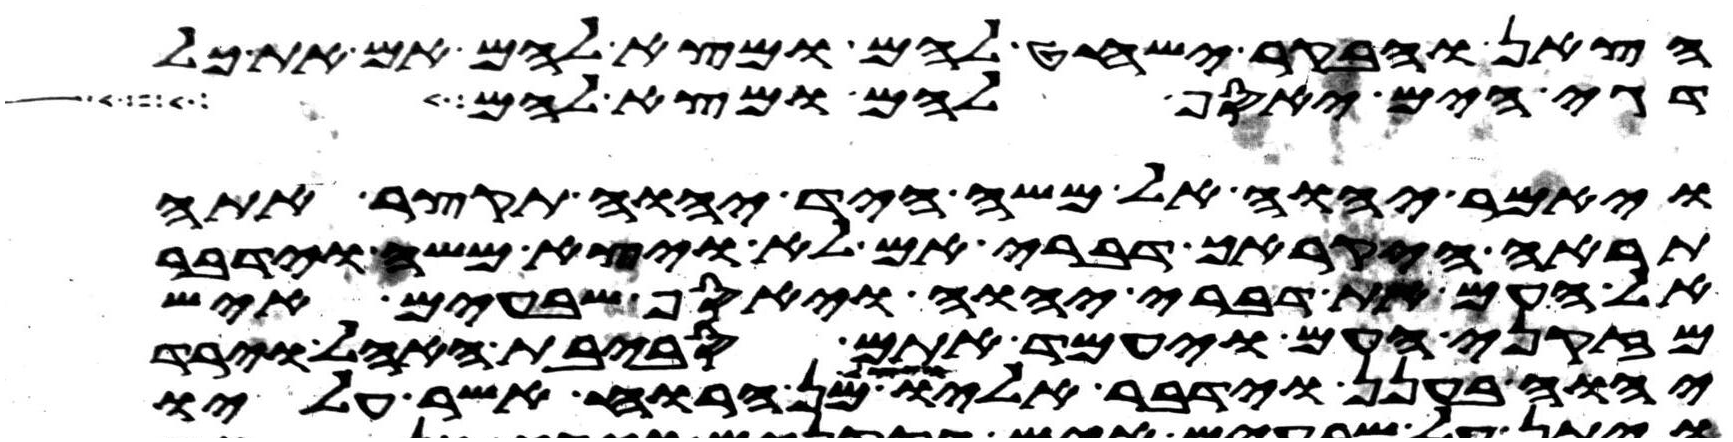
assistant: הצאן והבקר ישחט להם ומצא להם אם את כל
דגי הים יאסף להם ומצא להם
ויאמר יהוה אל משה היד יהוה תקצר אתה
תראה היקרך דברי אם לא ויצא משה וידבר
אל העם את דברי יהוה ויאסף שבעים איש
מזקני העם ויעמד אתם סביבת האהל וירד
יהוה בענן וידבר אליו ויצל מן הרוח אשר עליו